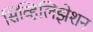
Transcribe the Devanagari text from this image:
सिव्हिलिझेशन